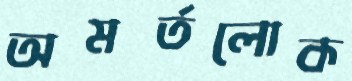
অমর্তলোক